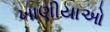
ખાણીયાઓ